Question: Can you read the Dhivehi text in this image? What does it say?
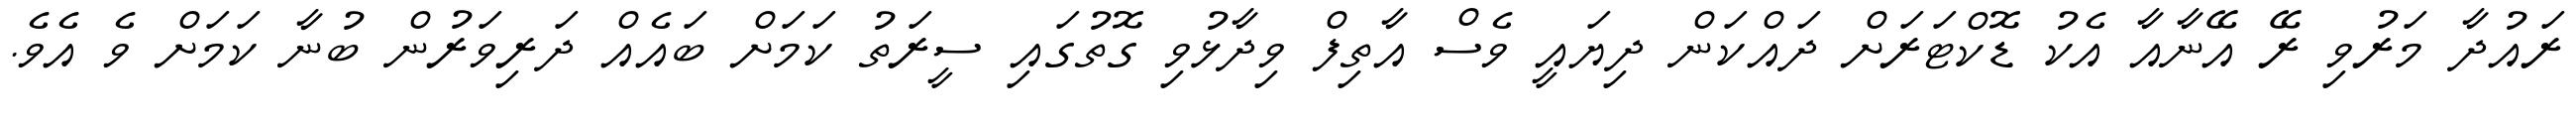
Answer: ރައުދާ މަރުވި ރޭ އޭނާއާ އެކު ޑޮކްޓަރަށް ދައްކަން ދިޔައީ ވެސް އާތިފް ވިދާޅުވި ގޮތުގައި ސީރަތު ކަމަށް ބައެއް ދަރިވަރުން ބުނާ ކަމަށް ވެ އެވެ.